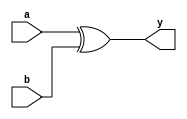
module xorgate(
    input a,
    input b,
    output y
);

assign y = a ^ b;
endmodule